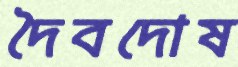
দৈবদোষ